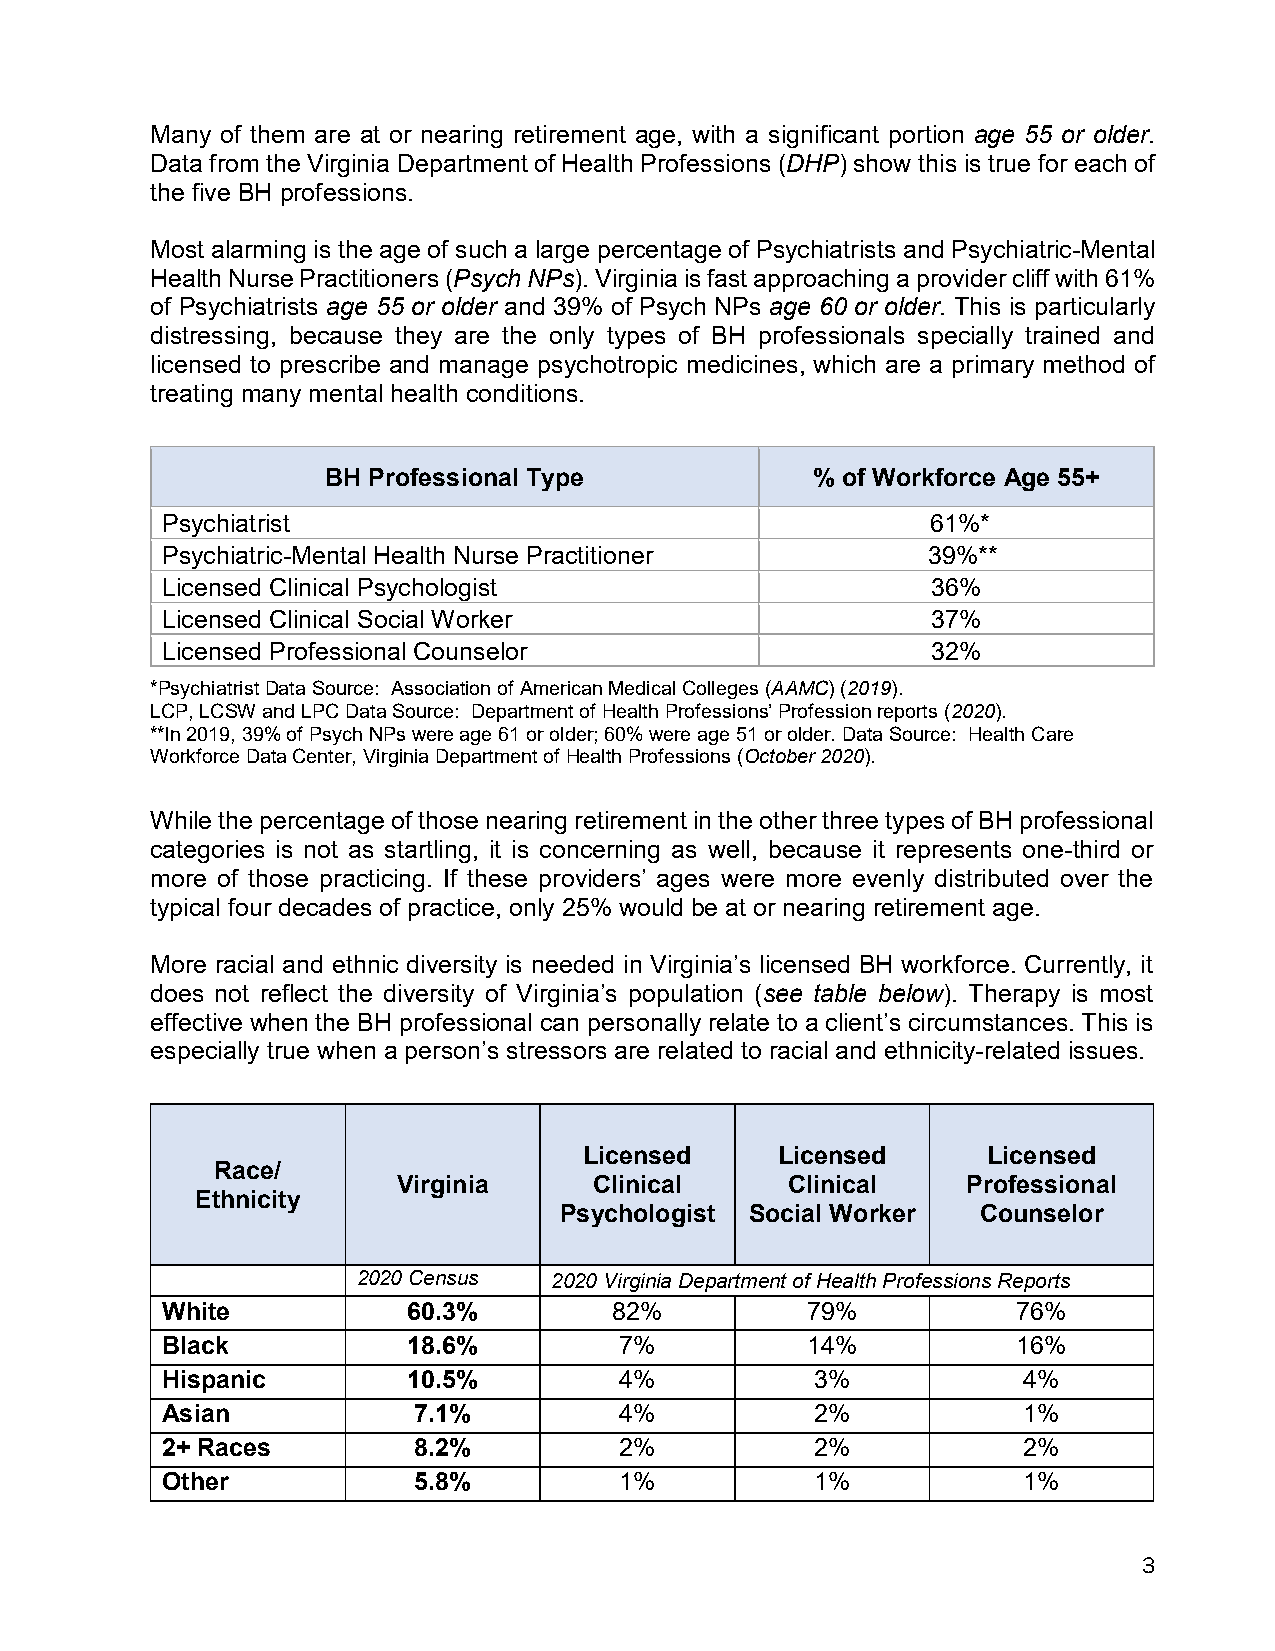
Many of them are at or nearing retirement age, with a significant portion age 55 or older.
 Data from the Virginia Department of Health Professions (DHP) show this is true for each of
 the five BH professions.
 Most alarming is the age of such a large percentage of Psychiatrists and Psychiatric-Mental
 Health Nurse Practitioners (Psych NPs). Virginia is fast approaching a provider cliff with 61%
 of Psychiatrists age 55 or older and 39% of Psych NPs age 60 or older. This is particularly
 distressing, because they are the only types of BH professionals specially trained and
 licensed to prescribe and manage psychotropic medicines, which are a primary method of
 treating many mental health conditions.
 BH Professional Type            % of Workforce Age 55+
 Psychiatrist                                       61%*
 Psychiatric-Mental Health Nurse Practitioner      39%**
 Licensed Clinical Psychologist                     36%
 Licensed Clinical Social Worker                    37%
 Licensed Professional Counselor                    32%
 *Psychiatrist Data Source: Association of American Medical Colleges (AAMC) (2019).
 LCP, LCSW and LPC Data Source: Department of Health Professions’ Profession reports (2020).
 **In 2019, 39% of Psych NPs were age 61 or older; 60% were age 51 or older. Data Source: Health Care
 Workforce Data Center, Virginia Department of Health Professions (October 2020).
 While the percentage of those nearing retirement in the other three types of BH professional
 categories is not as startling, it is concerning as well, because it represents one-third or
 more of those practicing. If these providers’ ages were more evenly distributed over the
 typical four decades of practice, only 25% would be at or nearing retirement age.
 More racial and ethnic diversity is needed in Virginia’s licensed BH workforce. Currently, it
 does not reflect the diversity of Virginia’s population (see table below). Therapy is most
 effective when the BH professional can personally relate to a client’s circumstances. This is
 especially true when a person’s stressors are related to racial and ethnicity-related issues.
 Licensed     Licensed     Licensed
 Race/
 Virginia     Clinical     Clinical    Professional
 Ethnicity
 Psychologist Social Worker  Counselor
 2020 Census 2020 Virginia Department of Health Professions Reports
 White           60.3%         82%         79%           76%
 Black           18.6%         7%          14%           16%
 Hispanic        10.5%         4%           3%            4%
 Asian           7.1%          4%           2%            1%
 2+ Races        8.2%          2%           2%            2%
 Other           5.8%          1%           1%            1%
 3